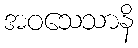
အဝသေသာနိ